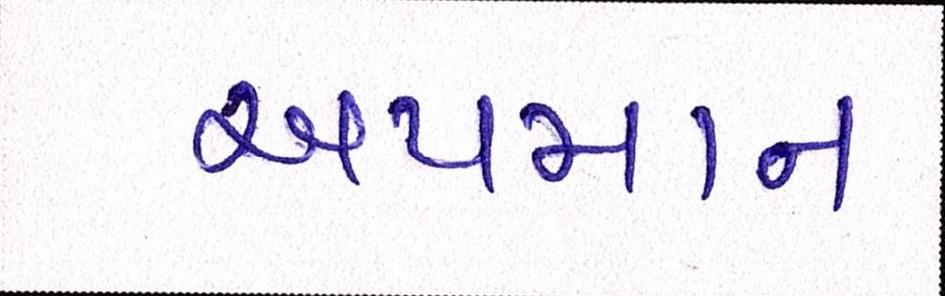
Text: અપમાન